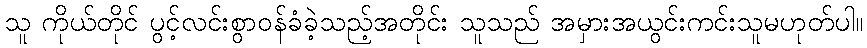
သူ ကိုယ်တိုင် ပွင့်လင်းစွာဝန်ခံခဲ့သည့်အတိုင်း သူသည် အမှားအယွင်းကင်းသူမဟုတ်ပါ။